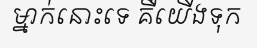
ម្នាក់នោះទេ គឺយើងទុក